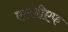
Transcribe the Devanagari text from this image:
एलबीएफ